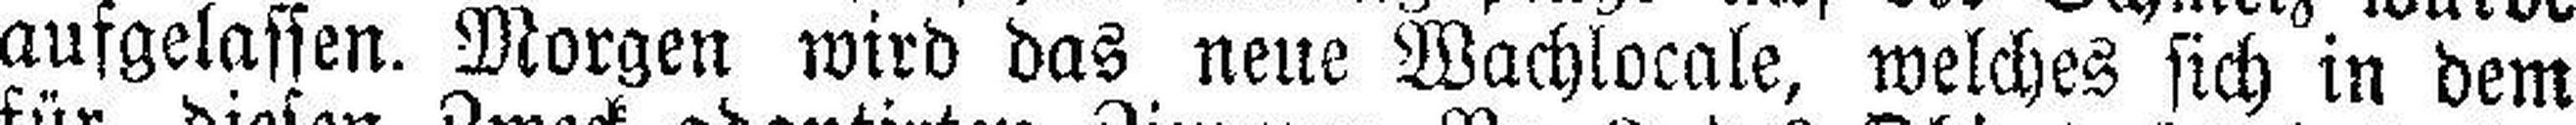
aufgelassen. Morgen wird das neue Wachlocale, welches sich in dem